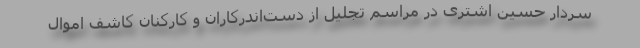
سردار حسین اشتری در مراسم تجلیل از دست‌اندرکاران و کارکنان کاشف اموال